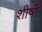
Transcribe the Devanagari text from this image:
शीर्षोॱ